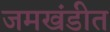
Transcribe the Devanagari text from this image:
जमखंडीत